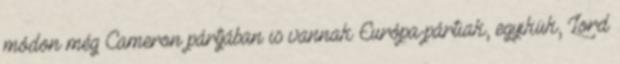
módon még Cameron pártjában is vannak Európa-pártiak, egyikük, Lord